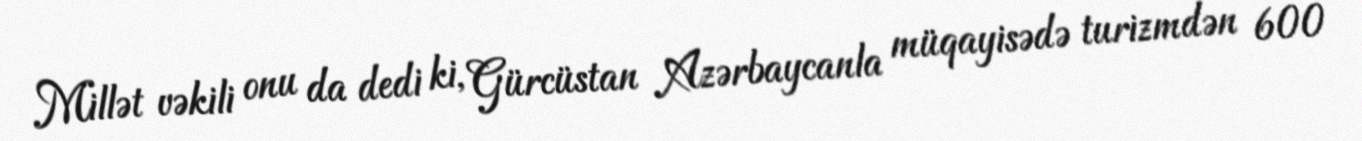
Millət vəkili onu da dedi ki, Gürcüstan Azərbaycanla müqayisədə turizmdən 600